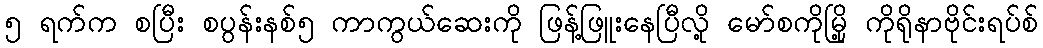
၅ ရက်က စပြီး စပွန်းနစ်၅ ကာကွယ်ဆေးကို ဖြန့်ဖြူးနေပြီလို့ မော်စကိုမြို့ ကိုရိုနာဗိုင်းရပ်စ်